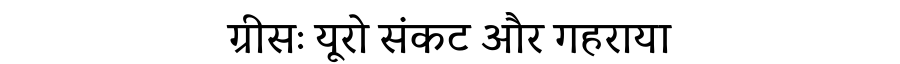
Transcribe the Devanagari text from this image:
ग्रीसः यूरो संकट और गहराया